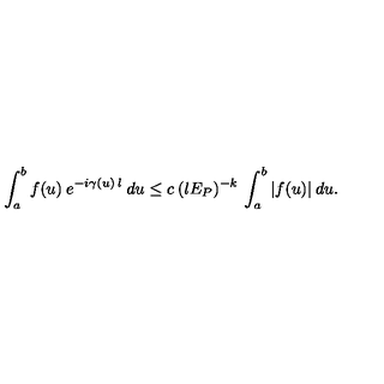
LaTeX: \int _ { a } ^ { b } f ( u ) \: e ^ { - i \gamma ( u ) \: l } \: d u \leq c \: ( l E _ { P } ) ^ { - k } \: \int _ { a } ^ { b } | f ( u ) | \: d u .